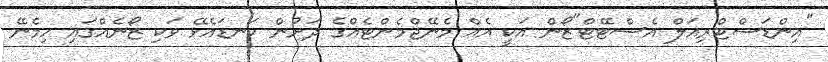
"އިންޑަސްޓްރިއަލް އެސްޓޭޓް"ޒޯން އަކީ އެއް މެނޭޖްމެންޓެއްގެ ދަށުން ކަނޑައެޅޭ ވަކި ޒޯނެއްގައި ހިމެނޭ